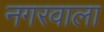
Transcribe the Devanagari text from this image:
नगरवाला